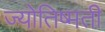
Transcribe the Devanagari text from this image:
ज्योतिष्मती